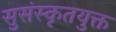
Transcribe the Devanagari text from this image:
सुसंस्कृतयुक्त